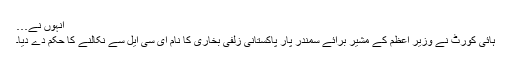
انہوں نے…
ہائی کورٹ نے وزیر اعظم کے مشیر برائے سمندر پار پاکستانی زلفی بخاری کا نام ای سی ایل سے نکالنے کا حکم دے دیا۔